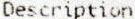
DESCRIPTION